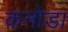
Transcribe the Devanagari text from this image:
कनोडा